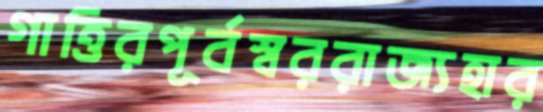
গাত্তিরপূর্বস্বররাজ্যহার